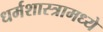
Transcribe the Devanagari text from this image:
धर्मशास्त्रामध्ये